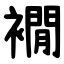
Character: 襉